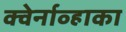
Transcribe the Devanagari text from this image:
क्वेर्नाव्हाका